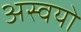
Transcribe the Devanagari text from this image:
अस्वयो